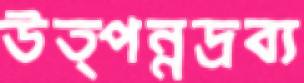
উত্পন্নদ্রব্য